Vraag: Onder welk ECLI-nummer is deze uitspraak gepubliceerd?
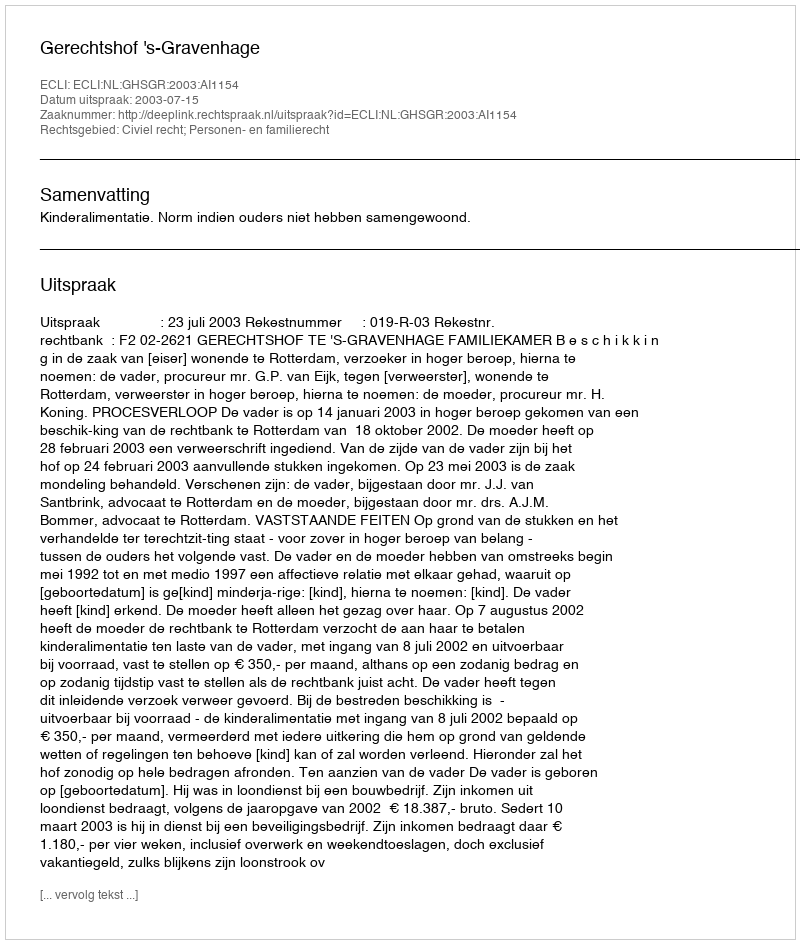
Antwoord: ECLI:NL:GHSGR:2003:AI1154